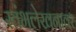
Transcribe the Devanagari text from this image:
स्तंभलेखनावर